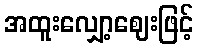
အထူးလျှော့ဈေးဖြင့်